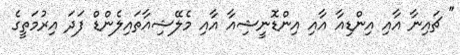
" ޗައިނާ އާއި އިންޑިއާ އާއި އިންޑޮނީޝިއާ އާއި މެލޭޝިއާތައިލެންޑް ފަދަ އިރުމަތީގެ